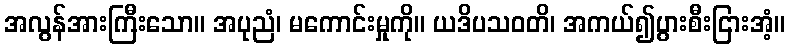
အလွန်အားကြီးသော။ အပုညံ၊ မကောင်းမှုကို။ ယဒိပသဝတိ၊ အကယ်၍ပွားစီးငြားအံ့။